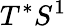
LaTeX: T^{*}S^{1}